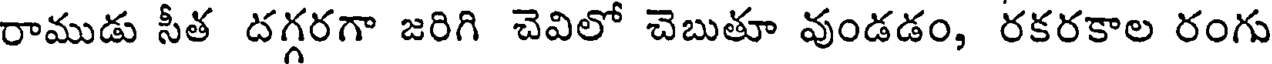
రాముడు సీత దగ్గరగా జరిగి చెవిలో చెబుతూ వుండడం, రకరకాల రంగు